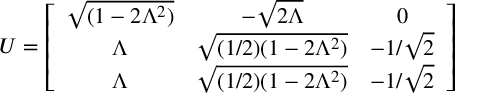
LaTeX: U = \left[ \begin{array} { c c c } { { \sqrt { ( 1 - 2 \Lambda ^ { 2 } ) } } } & { { - \sqrt { 2 \Lambda } } } & { { 0 } } \\ { { \Lambda } } & { { \sqrt { ( 1 / 2 ) ( 1 - 2 \Lambda ^ { 2 } ) } } } & { { - 1 / \sqrt { 2 } } } \\ { { \Lambda } } & { { \sqrt { ( 1 / 2 ) ( 1 - 2 \Lambda ^ { 2 } ) } } } & { { - 1 / \sqrt { 2 } } } \end{array} \right]